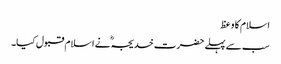
اسلام کا وعظ
سب سے پہلے حضرت خدیجہؓ نے اسلام قبول کیا۔